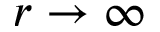
r \to \infty